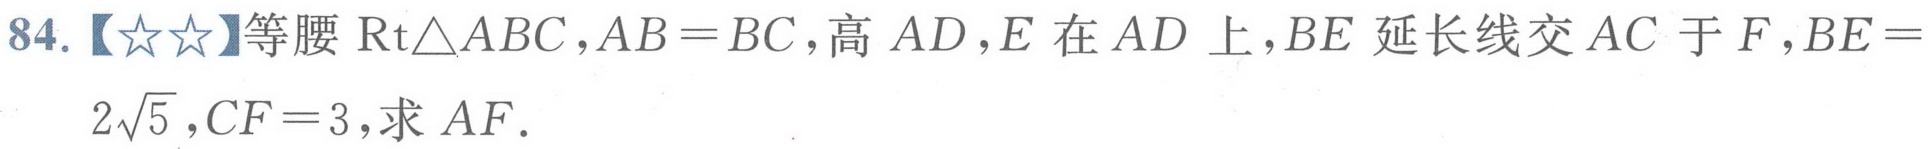
84.【★★】等腰$\mathrm{Rt}\triangle ABC$，$AB = BC$，高$AD$，$E$在$AD$上，$BE$延长线交$AC$于$F$，$BE = 2\sqrt{5}$，$CF = 3$，求$AF$．